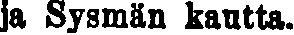
ja Sysmän kautta.